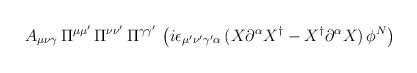
LaTeX: \begin{align*}A_{\mu\nu\gamma}\, \Pi^{\mu\mu'} \, \Pi^{\nu\nu'}\, \Pi^{\gamma\gamma'}\, \left ( i \epsilon_{\mu'\nu'\gamma'\alpha}\, (X\partial^\alpha X^\dagger-X^\dagger\partial^\alpha X) \, \phi^N\right )\end{align*}